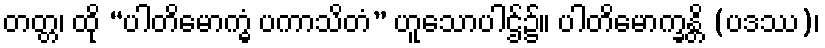
တတ္တ၊ ထို “ပါတိမောက္ခွံ ပကာသိတံ” ဟူသောပါဌ်၌။ ပါတိမောက္ခန္တိ (ပဒဿ)၊